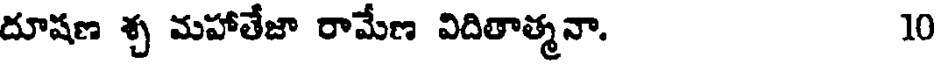
దూషణ శ్చ మహాతేజా రామేణ విదితాత్మనా. 10